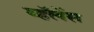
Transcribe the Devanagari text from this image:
व्हॅलेंस